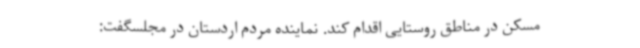
مسکن در مناطق روستایی اقدام کند. نماینده مردم اردستان در مجلسگفت: